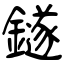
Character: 鐩